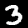
Label: 3